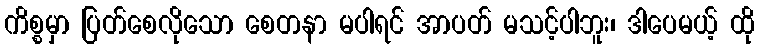
ကိစ္စမှာ ပြတ်စေလိုသော စေတနာ မပါရင် အာပတ် မသင့်ပါဘူး၊ ဒါပေမယ့် ထို